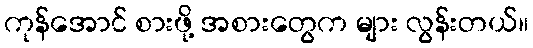
ကုန်အောင် စားဖို့ အစားတွေက များ လွန်းတယ်။